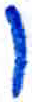
אות: ו